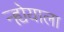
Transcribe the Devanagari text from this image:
न्ह्येयाला